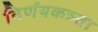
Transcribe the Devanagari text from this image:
निर्णयकत्र्ता